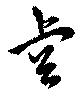
睿